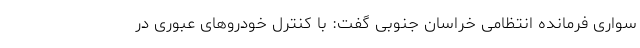
سواری فرمانده انتظامی خراسان جنوبی گفت: با کنترل خودروهای عبوری در